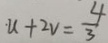
. u + 2 v = \frac { 4 } { 3 }